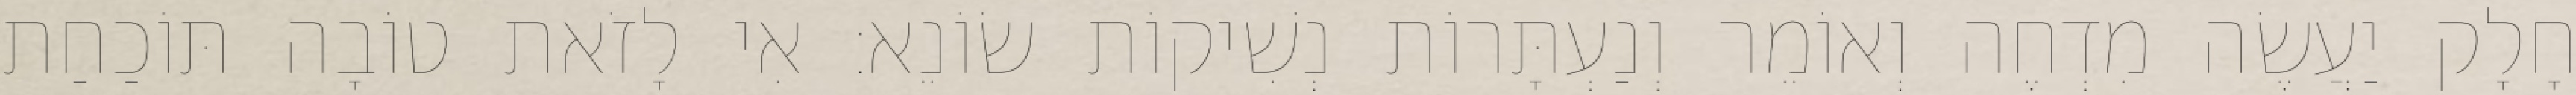
חָלָק יַעֲשֶׂה מִדְחֶה וְאוֹמֵר וְנַעְתָּרוֹת נְשִׁיקוֹת שׂוֹנֵא: אִי לָזֹאת טוֹבָה תּוֹכַחַת